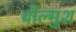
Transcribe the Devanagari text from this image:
बोल्मुश